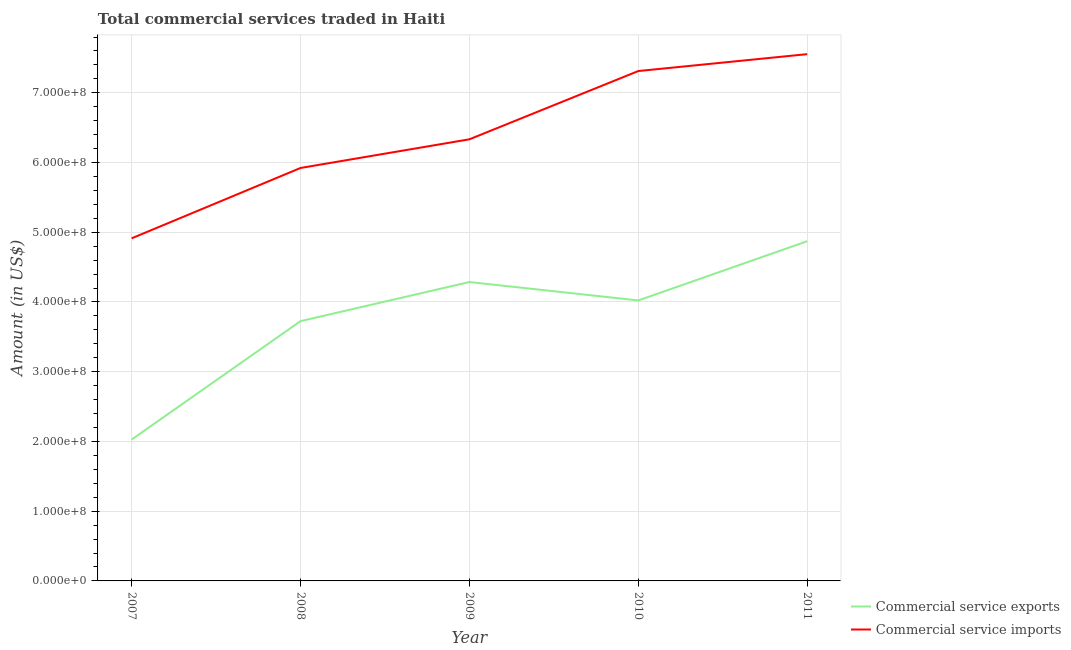
| Year | Commercial service exports | Commercial service imports |
 | --- | --- | --- |
 | 2007 | 2.03e+08 | 4.91e+08 |
 | 2008 | 3.73e+08 | 5.92e+08 |
 | 2009 | 4.29e+08 | 6.33e+08 |
 | 2010 | 4.02e+08 | 7.31e+08 |
 | 2011 | 4.87e+08 | 7.55e+08 |